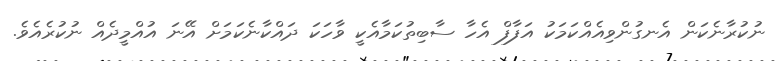
ނުކުރާނެކަން އެނގުންވިއެއްކަމަކު އަފާފް އެހާ ސާބިތުކަމާއެކީ ވާހަކަ ދައްކާނެކަމަށް އޭނަ އުއްމީދެއް ނުކުރެއެވެ.